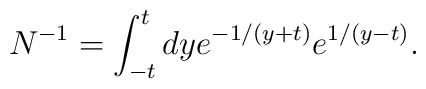
N^{-1} = \int_{-t}^t d y e^{-1/(y + t)} e^{1/(y - t)}.